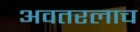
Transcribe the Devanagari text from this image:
अवतरलाच